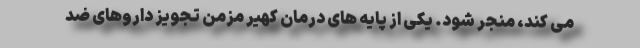
می کند، منجر شود. یکی از پایه های درمان کهیر مزمن تجویز داروهای ضد